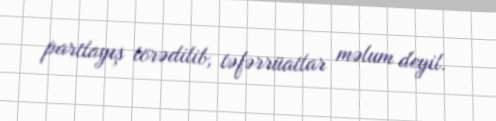
partlayış törədilib, təfərrüatlar məlum deyil.